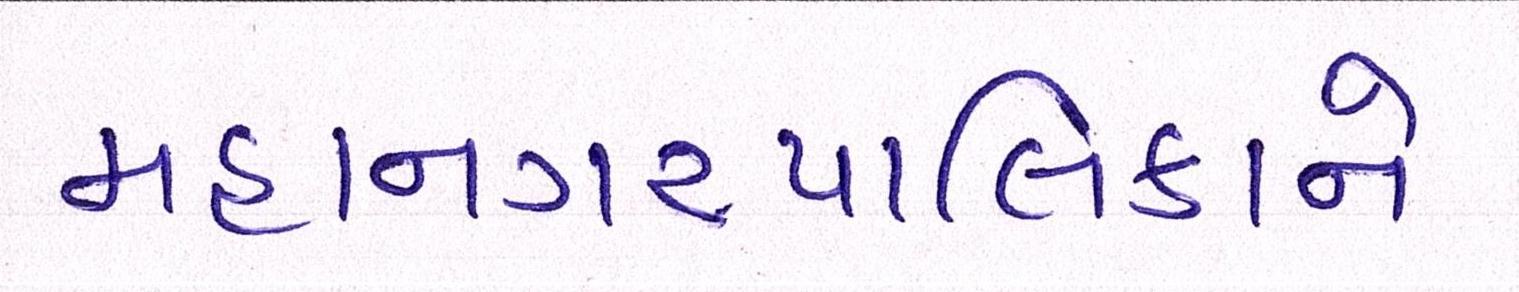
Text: મહાનગરપાલિકાને